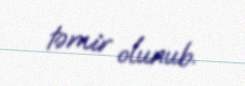
təmir olunub.